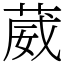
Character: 葳